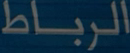
الرباط